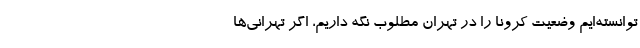
توانسته‌ایم وضعیت کرونا را در تهران مطلوب نگه داریم، اگر تهرانی‌ها